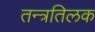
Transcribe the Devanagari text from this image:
तन्त्रतिलक